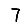
Digit: 7